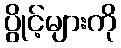
ပွိုင့်များကို